Madras plague regulations and rules - Volume 2
Disease focus: Plague
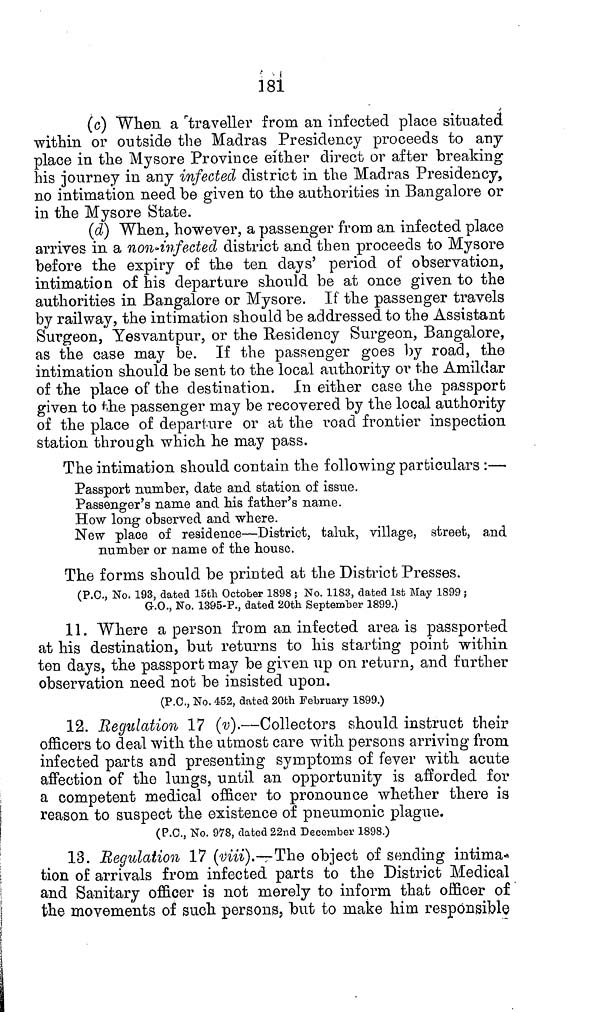
181
(c) When a traveller from an infected place situated
within or outside the Madras Presidency proceeds to any
place in the Mysore Province either direct or after breaking
his journey in any infected district in the Madras Presidency,
no intimation need be given to the authorities in Bangalore or
in the Mysore State.
(d) When, however, a passenger from an infected place
arrives in a non-infected district and then proceeds to Mysore
before the expiry of the ten days' period of observation,
intimation of his departure should be at once given to the
authorities in Bangalore or Mysore. If the passenger travels
by railway, the intimation should be addressed to the Assistant
Surgeon, Yesvantpur, or the Residency Surgeon, Bangalore,
as the case may be. If the passenger goes by road, the
intimation should be sent to the local authority or the Amildar
of the place of the destination. In either case the passport
given to the passenger may be recovered by the local authority
of the place of departure or at the road frontier inspection
station through which he may pass.
The intimation should contain the following particulars :—
Passport number, date and station of issue.
Passenger's name and his father's name.
How long observed and where.
New place of residence—District, taluk, village, street, and
number or name of the house.
The forms should be printed at the District Presses.
(P.C., No. 193, dated loth October 1898 ; No. 1183, dated 1st May 1899;
G.O., No. 1395-P., dated 20th September 1899.)
11. Where a person from an infected area is passported
at his destination, but returns to his starting point within
ten days, the passport may be given up on return, and further
observation need not be insisted upon.
(P.O., No. 452, dated 20th February 1899.)
12. Regulation 17 (v).—Collectors should instruct their
officers to deal with the utmost care with persons arriving from
infected parts and presenting symptoms of fever with acute
affection of the lungs, until an opportunity is afforded for
a competent medical officer to pronounce whether there is
reason to suspect the existence of pneumonic plague.
(P.C., No. 978, dated 22nd December 1898.)
13. Regulation 17 (viii).—The object of sending intima-
tion of arrivals from infected parts to the District Medical
and Sanitary officer is not merely to inform that officer of
the movements of such persons, but to make him responsible